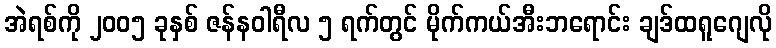
အဲရစ်ကို ၂၀၀၅ ခုနှစ် ဇန်နဝါရီလ ၅ ရက်တွင် မိုက်ကယ်အီးဘရောင်း ချဒ်ထရူဂျေလို